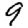
Digit: 9